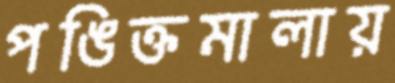
পঙিক্তমালায়